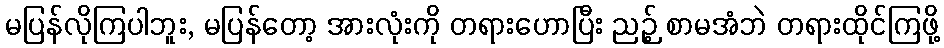
မပြန်လိုကြပါဘူး, မပြန်တော့ အားလုံးကို တရားဟောပြီး ညဉ့် စာမအံဘဲ တရားထိုင်ကြဖို့